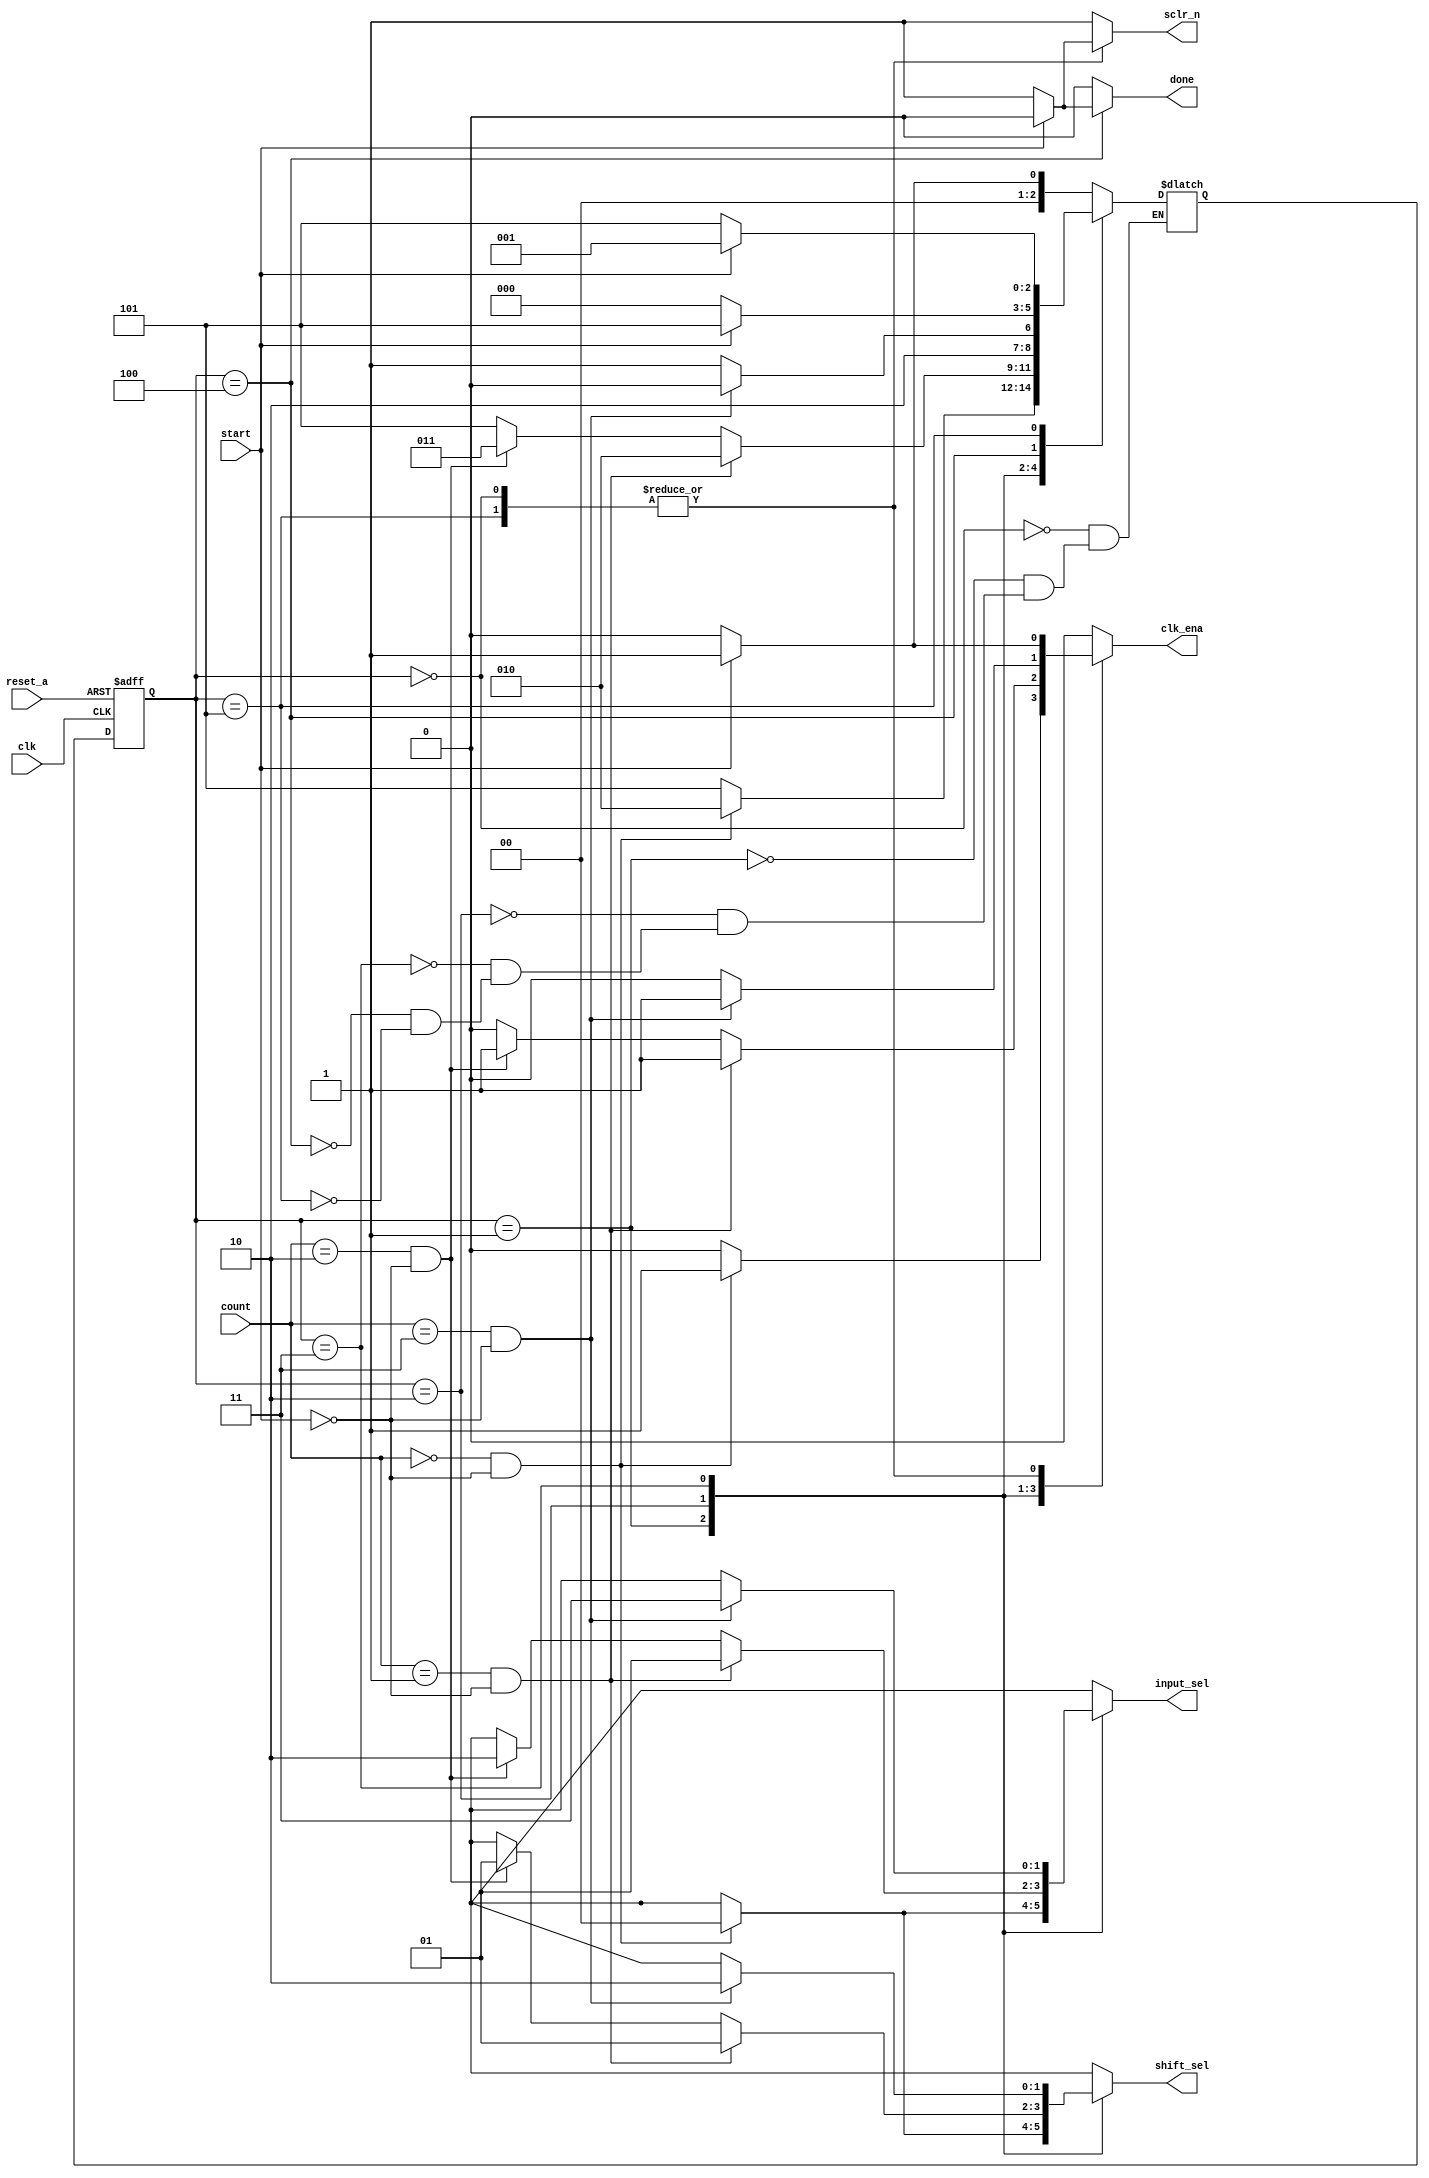
//****************************************************************************
//
//  mult_control.v -
//
//****************************************************************************

module mult_control
(
  input             clk,        // Declare control inputs: clock
                    reset_a,    //    asynchronous reset
                    start,      //    start
  input [1:0]       count,      //    count
  output reg [1:0]  input_sel,  // Declare output control signals: input selection
                    shift_sel,  //    shift selection
  output reg        done,       //    done flag
                    clk_ena,    //    clock eable
                    sclr_n      //    synchronous clear (active low)
);

  // Declare parameters: six states:
  parameter idle = 0, lsb = 1, mid = 2, msb = 3, calc_done = 4, err = 5;

  // Declare two variables named "current_state" and "next_state" to be state variables
  reg [2:0] current_state,
            next_state;

  // Registered logic for current_state (rising edge transitions); asynchronous reset
  always @(posedge clk, posedge reset_a)
  begin
    if ( reset_a == 1'b1  )
      current_state <= idle;
    else
      current_state <= next_state;
  end

  // Logic for next_state based on current state and inputs
  always @(count, start)
    case ( current_state )
      idle :
        if ( start == 1'b1  )
          next_state = lsb;
        else
          next_state = idle;
      lsb :
        if ( count == 0 && start == 0 )
          next_state = mid;
        else
          next_state = err;
      mid :
        if ( count == 1 && start == 0  )
          next_state = mid;
        else if ( count == 2 && start == 0 )
          next_state = msb;
        else
          next_state = err;
      msb :
        if ( count == 3 && start == 0 )
          next_state = calc_done;
        else
          next_state = err;
      calc_done :
        if ( start == 1'b0  )
          next_state = idle;
        else
          next_state = err;
      err :
        if ( start == 1'b1  )
          next_state = lsb;
        else
          next_state = err;
    endcase

  // Mealy output logic  (outputs function of inputs and current_state)
  //  for input_sel, shift_sel, done, clk_ena and sclr_n
  always @(count, start)
  begin
    // Initialise outputs to default values so case only covers when they change
    input_sel = 2'bxx;
    shift_sel = 2'bxx;
    done      = 1'b0;
    clk_ena   = 1'b0;
    sclr_n    = 1'b1;
    case ( current_state )
      idle :
        if ( start == 1'b1  )
        begin
          clk_ena = 1'b1;
          sclr_n  = 1'b0;
        end
      lsb :
        if ( count == 0 && start == 0 )
        begin
          input_sel = 2'd0;
          shift_sel = 2'd0;
          clk_ena   = 1'b1;
        end
      mid :
        if ( count == 1 && start == 0 )
        begin
          input_sel = 2'd1;
          shift_sel = 2'd1;
          clk_ena   = 1'b1;
        end
        else if ( count == 2 && start == 0 )
        begin
          input_sel = 2'd2;
          shift_sel = 2'd1;
          clk_ena   = 1'b1;
        end
      msb :
        if ( count == 3 && start == 0 )
        begin
          input_sel = 2'd3;
          shift_sel = 2'd2;
          clk_ena   = 1'b1;
        end
      calc_done :
        if ( start == 1'b0  )
          done = 1'b1;
      err :
        if ( start == 1'b1  )
        begin
          clk_ena = 1'b1;
          sclr_n  = 1'b0;
        end
    endcase
  end

endmodule